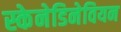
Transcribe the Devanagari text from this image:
स्केनेडिनेवियन